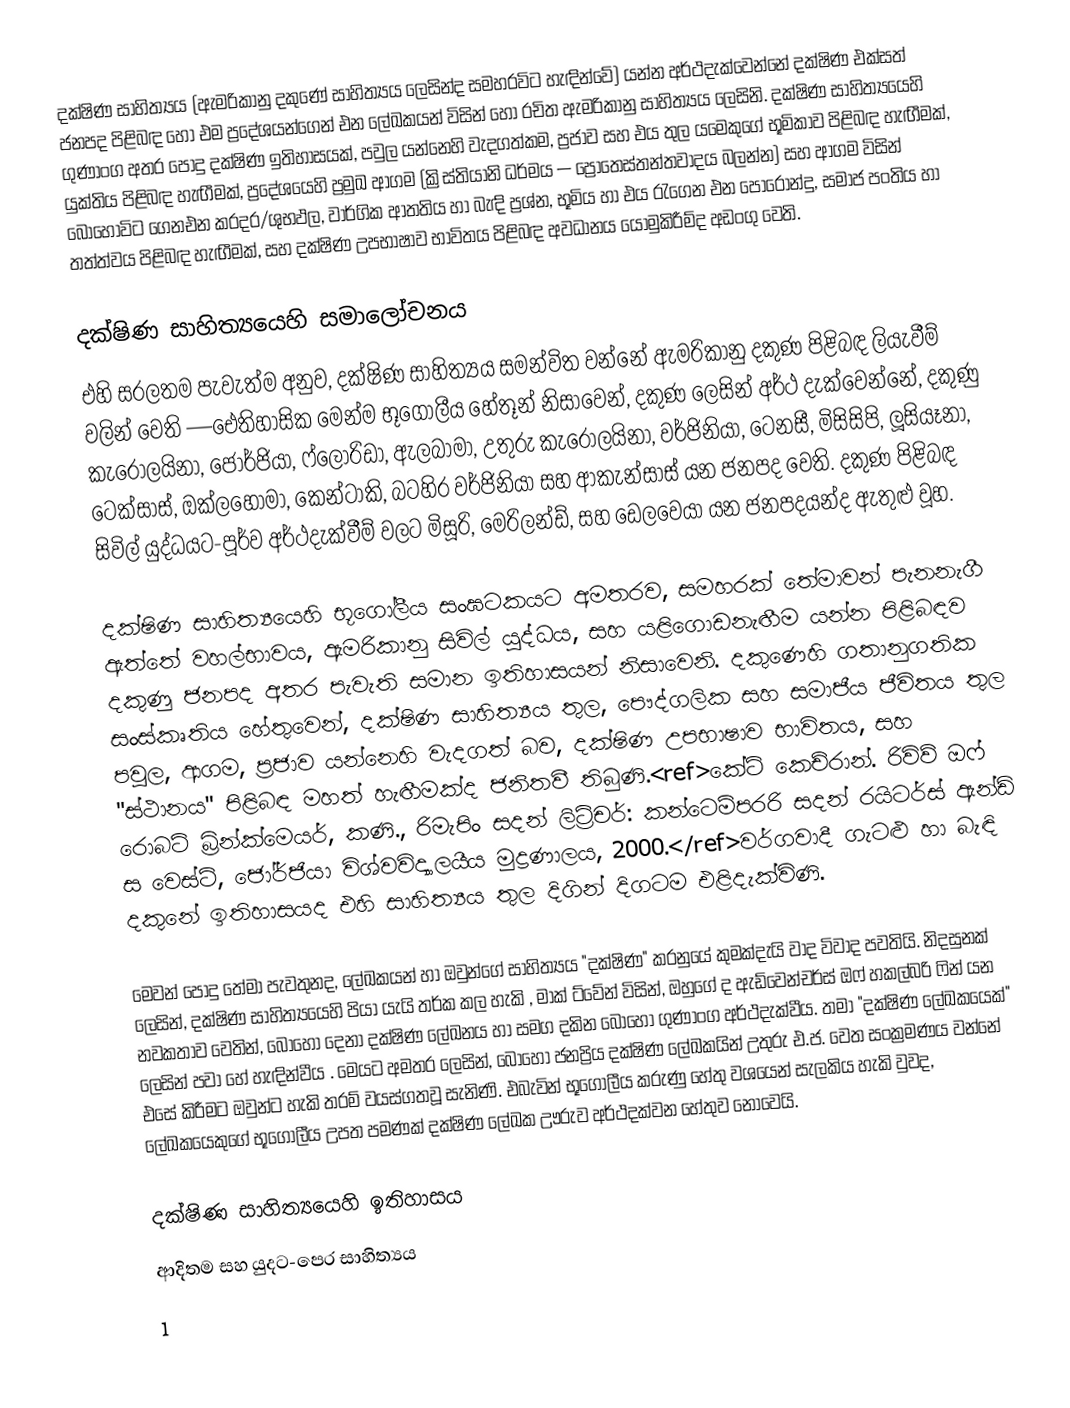
දක්ෂිණ සාහිත්‍යය (ඇමරිකානු දකුණේ සාහිත්‍යය ලෙසින්ද සමහරවිට හැඳින්වේ) යන්න අර්ථදැක්වෙන්නේ  දක්ෂිණ එක්සත් ජනපද පිළිබඳ හෝ එම ප්‍රදේශයන්ගෙන් එන ලේඛකයන් විසින් හෝ රචිත ඇමරිකානු  සාහිත්‍යය ලෙසිනි. දක්ෂිණ සාහිත්‍යයෙහි ගුණාංග අතර පොදු  දක්ෂිණ ඉතිහාසයක්, පවුල යන්නෙහි වැදගත්කම, ප්‍රජාව සහ එය තුල යමෙකුගේ භූමිකාව පිළිබඳ හැඟීමක්, යුක්තිය පිළිබඳ හැඟීමක්, ප්‍රදේශයෙහි ප්‍රමුඛ  ආගම (ක්‍රිස්තියානි ධර්මය — ප්‍රොතෙස්තන්තවාදය බලන්න) සහ ආගම විසින් බොහෝවිට ගෙනඑන  කරදර/ශුභඵල, වාර්ගික ආතතිය හා බැඳි ප්‍රශ්න, භූමිය හා එය රැගෙන එන පොරොන්දු, සමාජ  පංතිය හා  තත්ත්වය පිළිබඳ හැඟීමක්, සහ  දක්ෂිණ උපභාෂාව භාවිතය පිළිබඳ අවධානය යොමුකිරීම්ද අඩංගු වෙති.

දක්ෂිණ සාහිත්‍යයෙහි සමාලෝචනය
එහි සරලතම පැවැත්ම අනුව, දක්ෂිණ සාහිත්‍යය සමන්විත වන්නේ ඇමරිකානු දකුණ පිළිබඳ ලියැවීම් වලින් වෙති  —ඓතිහාසික මෙන්ම භූගෝලීය හේතූන් නිසාවෙන්, දකුණ ලෙසින් අර්ථ දැක්වෙන්නේ, දකුණු කැරොලයිනා, ජෝර්ජියා, ෆ්ලොරිඩා, ඇලබාමා, උතුරු කැරොලයිනා, වර්ජිනියා, ටෙනසී, මිසිසිපි, ලූසියෑනා, ටෙක්සාස්, ඔක්ලහෝමා, කෙන්ටාකි, බටහිර වර්ජිනියා සහ ආකැන්සාස් යන ජනපද වෙති. දකුණ පිළිබඳ සිවිල් යුද්ධයට-පූර්ව  අර්ථදැක්වීම් වලට  මිසූරි, මෙරිලන්ඩ්, සහ ඩෙලවෙයා යන ජනපදයන්ද ඇතුළු වූහ.

දක්ෂිණ සාහිත්‍යයෙහි භූගෝලීය සංඝටකයට අමතරව, සමහරක් තේමාවන් පැනනැගී ඇත්තේ  වහල්භාවය, ඇමරිකානු සිවිල් යුද්ධය, සහ   යළිගොඩනැඟීම යන්න පිළිබඳව දකුණු ජනපද අතර පැවැති සමාන ඉතිහාසයන් නිසාවෙනි. දකුණෙහි ගතානුගතික සංස්කෘතිය හේතුවෙන්, දක්ෂිණ සාහිත්‍යය තුල, පෞද්ගලික සහ සමාජීය ජීවිතය තුල  පවුල, ආගම, ප්‍රජාව යන්නෙහි වැදගත් බව, දක්ෂිණ උපභාෂාව භාවිතය, සහ  "ස්ථානය" පිළිබඳ මහත් හැඟීමක්ද ජනිතවී තිබුණි.<ref>කේට්  කෙච්රාන්.  රිවිව් ඔෆ්  රොබට්  බ්‍රින්ක්මෙයර්, කණි., රිමැපිං සදන් ලිට්‍රිචර්: කන්ටෙම්පරරි සදන් රයිටර්ස් ඇන්ඩ් ස වෙස්ට්, ජෝර්ජියා විශ්වවිද්‍යාලයීය මුද්‍රණාලය, 2000.</ref>වර්ගවාදී ගැටළු  හා බැඳි දකුනේ ඉතිහාසයද එහි සාහිත්‍යය තුල දිගින් දිගටම එළිදැක්විණි.

මෙවන් පොදු තේමා පැවතුනද, ලේඛකයන් හා ඔවුන්ගේ සාහිත්‍යය "දක්ෂිණ" කරනුයේ කුමක්දැයි වාද විවාද පවතියි. නිදසුනක් ලෙසින්, දක්ෂිණ සාහිත්‍යයෙහි පියා යැයි තර්ක කල හැකි , මාක් ට්වේන් විසින්, ඔහුගේ ද ඇඩ්වෙන්චර්ස් ඔෆ් හකල්බරි ෆින්  යන නවකතාව වෙතින්, බොහෝ දෙනා දක්ෂිණ ලේඛනය හා සමග දකින බොහෝ ගුණාංග අර්ථදැක්වීය. තමා  "දක්ෂිණ ලේඛකයෙක්" ලෙසින් පවා හේ හැඳින්වීය . මෙයට අමතර ලෙසින්, බොහෝ ජනප්‍රිය දක්ෂිණ ලේඛකයින් උතුරු එ.ජ. වෙත සංක්‍රමණය වන්නේ එසේ කිරීමට ඔවුන්ට හැකි තරම් වයස්ගතවූ සැනිණි. එබැවින් භූගෝලීය කරුණු හේතු වශයෙන් සැලකිය හැකි වුවද, ලේඛකයෙකුගේ භූගෝලීය උපත  පමණක් දක්ෂිණ ලේඛක ඌරුව අර්ථදක්වන හේතුව නොවෙයි.

දක්ෂිණ සාහිත්‍යයෙහි ඉතිහාසය
ආදිතම සහ  යුදට-පෙර සාහිත්‍යය
1